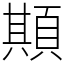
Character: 䫏